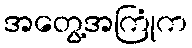
အတွေ့အကြုံက